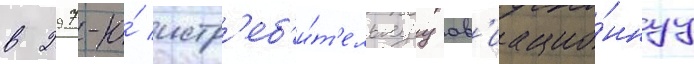
в 297-ю́ истр'еб'и́т'ельнуу ав'иацио́ннуу